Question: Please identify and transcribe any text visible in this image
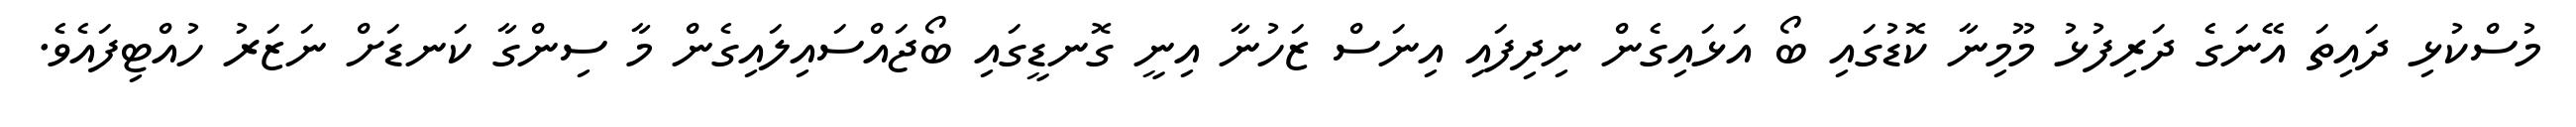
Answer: މުސްކުޅި ދައިތަ އޭނަގެ ދަރިފުޅު މޫމިނާ ކޮޑުގައި ބޯ އަޅައިގެން ނިދިފައި އިނަސް ޒަހުނާ އިނީ ގޮނޑީގައި ބޯޖައްސައިލައިގެން މާ ސިންގާ ކަނޑަށް ނަޒަރު ހުއްޓިފައެވެ.